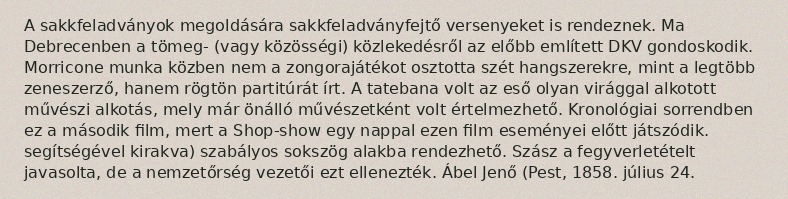
A sakkfeladványok megoldására sakkfeladványfejtő versenyeket is rendeznek. Ma Debrecenben a tömeg- (vagy közösségi) közlekedésről az előbb említett DKV gondoskodik. Morricone munka közben nem a zongorajátékot osztotta szét hangszerekre, mint a legtöbb zeneszerző, hanem rögtön partitúrát írt. A tatebana volt az eső olyan virággal alkotott művészi alkotás, mely már önálló művészetként volt értelmezhető. Kronológiai sorrendben ez a második film, mert a Shop-show egy nappal ezen film eseményei előtt játszódik. segítségével kirakva) szabályos sokszög alakba rendezhető. Szász a fegyverletételt javasolta, de a nemzetőrség vezetői ezt ellenezték. Ábel Jenő (Pest, 1858. július 24.